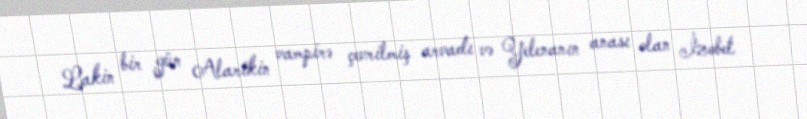
Lakin bir gün Alarikin vampirə çevrilmiş arvadı və Yelenanın anası olan İzobel